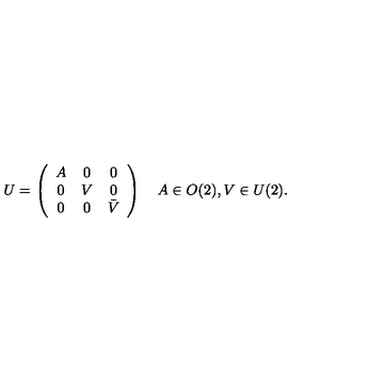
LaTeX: U = \left( \begin{array} { c c c } { A } & { 0 } & { 0 } \\ { 0 } & { V } & { 0 } \\ { 0 } & { 0 } & { \bar { V } } \\ \end{array} \right) \quad A \in O ( 2 ) , V \in U ( 2 ) .